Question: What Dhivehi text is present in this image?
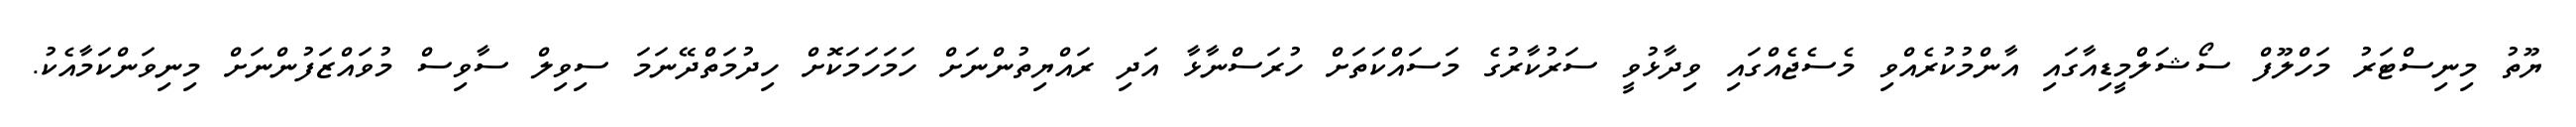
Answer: ޔޫތު މިނިސްޓަރު މަހްލޫފް ސޯޝަލްމީޑިއާގައި އާންމުކުރެއްވި މެސެޖެއްގައި ވިދާޅުވީ ސަރުކާރުގެ މަސައްކަތަށް ހުރަސްނާޅާ އަދި ރައްޔިތުންނަށް ހަމަހަމަކޮށް ހިދުމަތްދޭނަމަ ސިވިލް ސާވިސް މުވައްޒަފުންނަށް މިނިވަންކަމާއެކު.